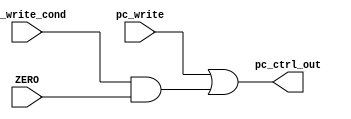
`timescale 1 ns / 1 ns
module pc_controller(pc_write, ZERO, pc_write_cond, pc_ctrl_out);
    input pc_write, ZERO, pc_write_cond;
    output reg pc_ctrl_out;

    always @(pc_write_cond or pc_write or ZERO) begin
        pc_ctrl_out = pc_write | (pc_write_cond & ZERO);
    end
endmodule